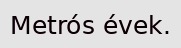
Metrós évek.